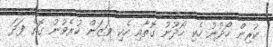
ކުރިން ހޯދުނު ހެކި ހޯދުނު ގޮތާއި ހެކި ވަޒަން ކުރެވުނު ގޮތް ފަދަ